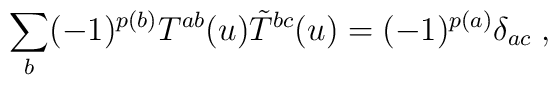
\sum_{b}(-1)^{p(b)}T^{ab}(u)\tilde{T}^{bc}(u)=(-1)^{p(a)}\delta_{ac}\;,